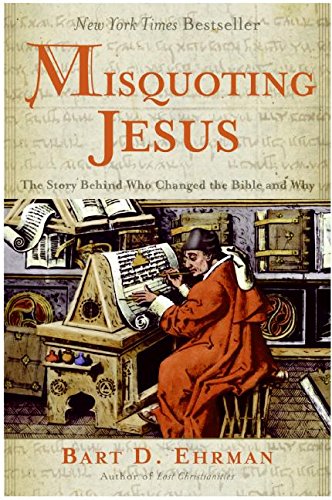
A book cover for Misquoting Jesus: The Story Behind Who Changed the Bible and Why; Bart D. Ehrman; Christian Books & Bibles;